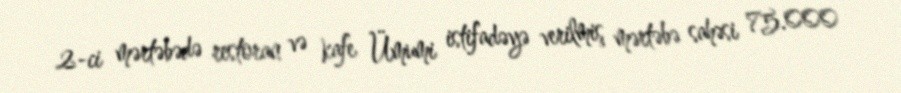
2-ci mərtəbədə restoran və kafe Ümumi istifadəyə verilmiş mərtəbə sahəsi 75.000